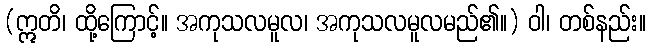
(ဣတိ၊ ထို့ကြောင့်။ အကုသလမူလ၊ အကုသလမူလမည်၏။) ဝါ၊ တစ်နည်း။